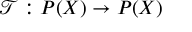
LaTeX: { \mathcal { T } } : P ( X ) \to P ( X )